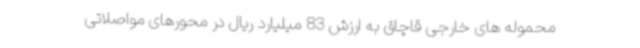
محموله های خارجی قاچاق به ارزش 83 میلیارد ریال در محورهای مواصلاتی